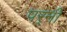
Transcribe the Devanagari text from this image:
पर्‍नी